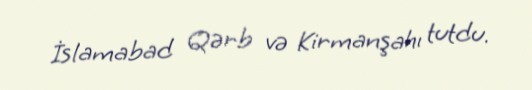
İslamabad Qərb və Kirmanşahı tutdu.